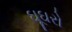
ઘૂઘરો